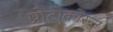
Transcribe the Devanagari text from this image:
प्रोटोकोरन्स